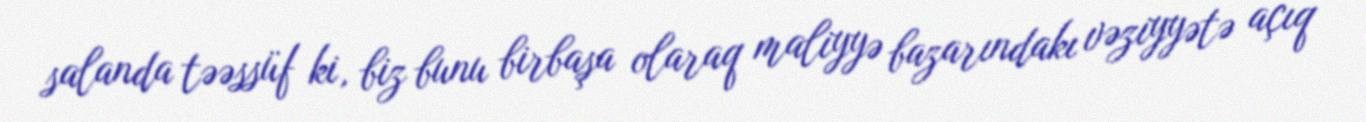
salanda təəssüf ki, biz bunu birbaşa olaraq maliyyə bazarındakı vəziyyətə açıq